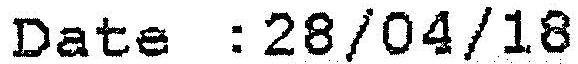
DATE : 28/04/18